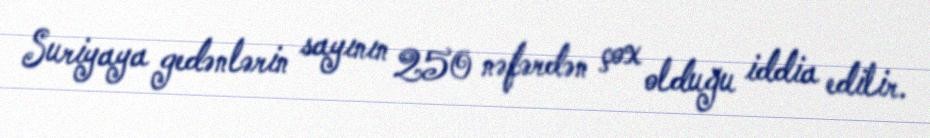
Suriyaya gedənlərin sayının 250 nəfərdən çox olduğu iddia edilir.